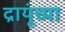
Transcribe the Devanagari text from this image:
द्रायूंच्या